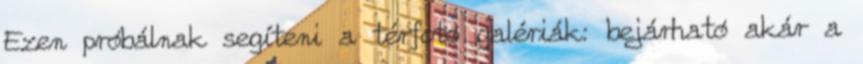
Ezen próbálnak segíteni a térfotó galériák: bejárható akár a